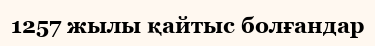
1257 жылы қайтыс болғандар